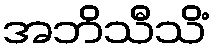
အဘိသီသိံ